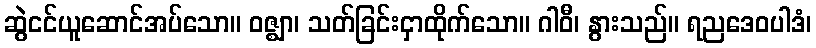
ဆွဲငင်ယူဆောင်အပ်သော။ ဝဇ္ဈာ၊ သတ်ခြင်းငှာထိုက်သော။ ဂါဝီ၊ နွားသည်။ ရညဒေဝပါဒံ၊